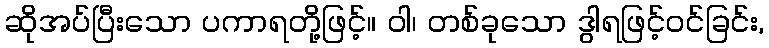
ဆိုအပ်ပြီးသော ပကာရတို့ဖြင့်။ ဝါ၊ တစ်ခုသော ဒွါရဖြင့်ဝင်ခြင်း,